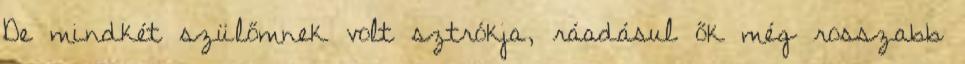
De mindkét szülőmnek volt sztrókja, ráadásul ők még rosszabb